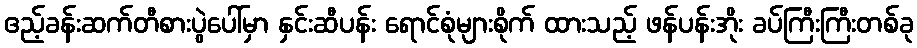
ဧည့်ခန်းဆက်တီစားပွဲပေါ်မှာ နှင်းဆီပန်း ရောင်စုံများစိုက် ထားသည့် ဖန်ပန်းအိုး ခပ်ကြီးကြီးတစ်ခု